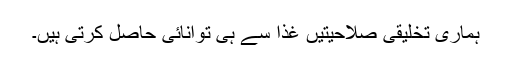
ہماری تخلیقی صلاحیتیں غذا سے ہی توانائی حاصل کرتی ہیں۔